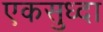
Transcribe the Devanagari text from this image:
एकसुध्दा